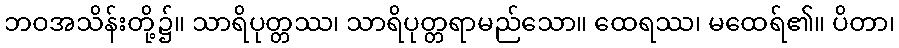
ဘဝအသိန်းတို့၌။ သာရိပုတ္တဿ၊ သာရိပုတ္တရာမည်သော။ ထေရဿ၊ မထေရ်၏။ ပိတာ၊